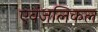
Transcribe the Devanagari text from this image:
एवंजलिकल